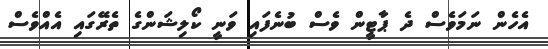
އެހެން ނަމަވެސް ދެ ޕާޓީން ވެސް ބުނެފައި ވަނީ ކޯލިޝަންގެ ތެރޭގައި އެއްވެސް